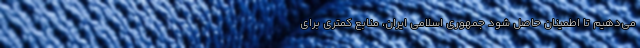
می‌دهیم تا اطمینان حاصل شود جمهوری اسلامی ایران، منابع کمتری برای